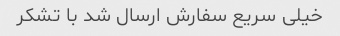
خیلی سریع سفارش ارسال شد با تشکر